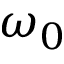
\omega _ { 0 }